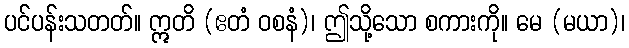
ပင်ပန်းသတတ်။ ဣတိ (ဧတံ ဝစနံ)၊ ဤသို့သော စကားကို။ မေ (မယာ)၊